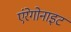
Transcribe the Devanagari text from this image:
एंरेगोनाइट